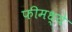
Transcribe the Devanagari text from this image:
फीमध्ये